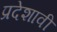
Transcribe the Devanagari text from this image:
प्रदेशावी